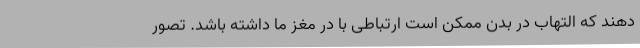
دهند که التهاب در بدن ممکن است ارتباطی با در مغز ما داشته باشد. تصور